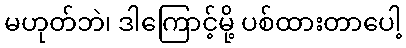
မဟုတ်ဘဲ၊ ဒါကြောင့်မို့ ပစ်ထားတာပေါ့